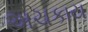
અચકાય